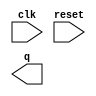
// Make a decade counter that counts 1 through 10, inclusive. The reset input is synchronous, and should reset the counter to 1.

module top_module (
    input clk,
    input reset,
    output [3:0] q);

    // Insert your code here

endmodule